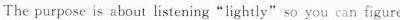
The purpose is about listening"lightly" so you can figure